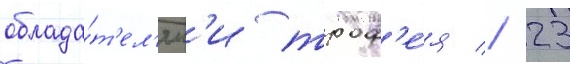
облада́т'ел'ям'и троф'е́я // 23